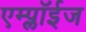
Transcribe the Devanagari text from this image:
एम्प्लॉईज